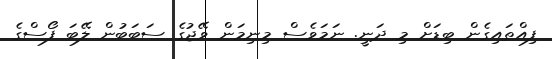
ފިއްތައިގެން ބިޑަށް މި ދަނީ. ނަމަވެސް މިނިމަން ވޭޖުގެ ސަބަބުން ލޭބަ ފޯސްގެ